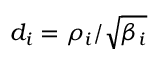
d _ { i } = \rho _ { i } / \sqrt { \beta _ { i } }